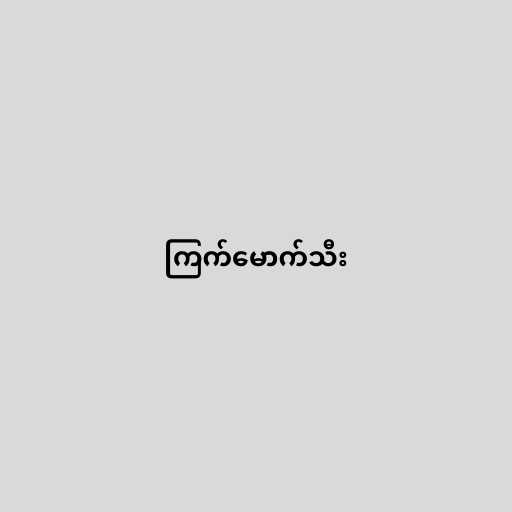
ကြက်မောက်သီး